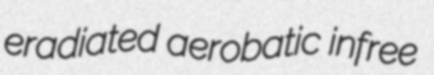
eradiated aerobatic infree